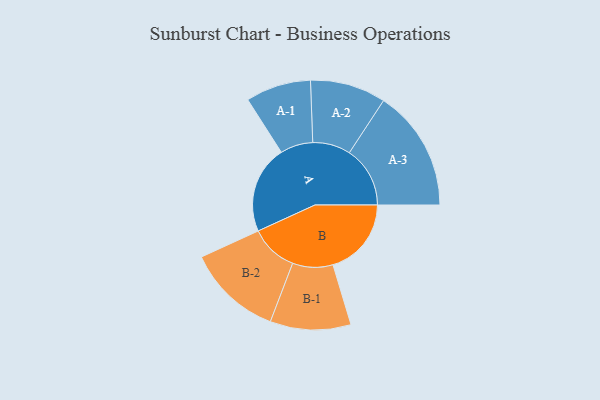
{"axis": {"x": "Segment", "y": "Value"}, "legend": ["", "A", "B"], "data": [{"x": "A", "y": 422, "type": ""}, {"x": "B", "y": 377, "type": ""}, {"x": "A-1", "y": 157, "type": "A"}, {"x": "A-2", "y": 182, "type": "A"}, {"x": "A-3", "y": 292, "type": "A"}, {"x": "B-1", "y": 194, "type": "B"}, {"x": "B-2", "y": 229, "type": "B"}]}